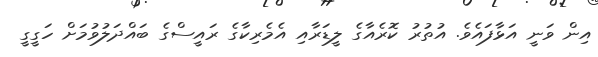
އިން ވަނީ އަޅާފައެވެ. އުތުރު ކޮރެއާގެ ލީޑަރާއި އެމެރިކާގެ ރައީސްގެ ބައްދަލުވުމަށް ހަގީގީ